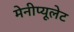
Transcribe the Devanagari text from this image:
मेनीप्यूलेट